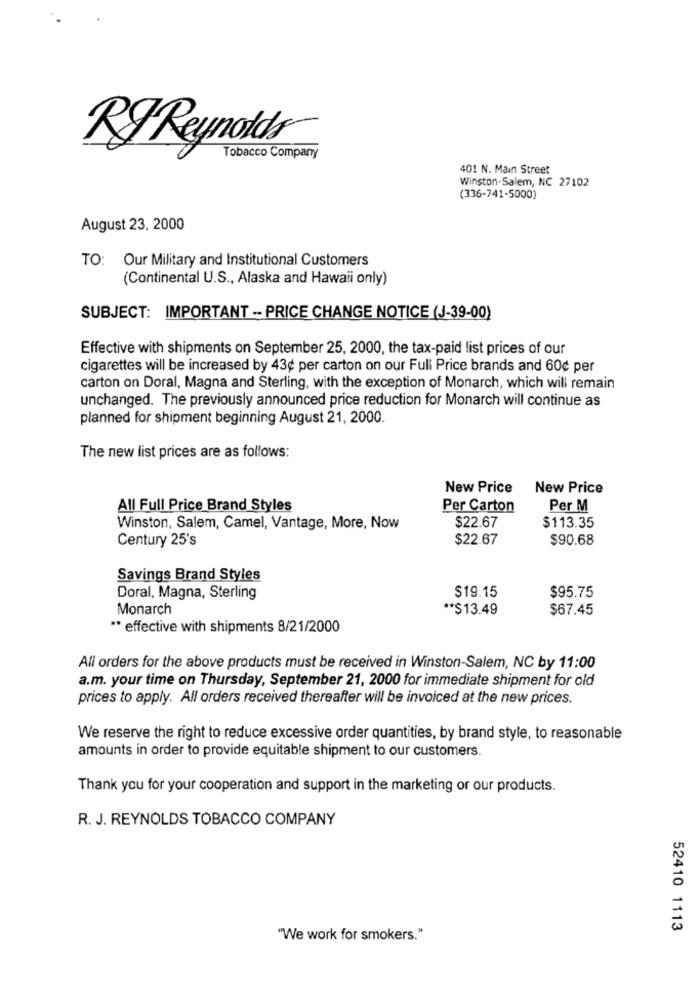
RJ Reynolds
Tobacco Company
401 N. Main Street
Winston-Salem, NC 27102
(336-741-5000)
August 23, 2000
TO: Our Military and Institutional Customers
(Continental U.S ., Alaska and Hawaii only)
SUBJECT: IMPORTANT -- PRICE CHANGE NOTICE (J-39-00)
Effective with shipments on September 25, 2000, the tax-paid list prices of our
cigarettes will be increased by 43¢ per carton on our Full Price brands and 60¢ per
carton on Doral, Magna and Sterling, with the exception of Monarch, which will remain
unchanged. The previously announced price reduction for Monarch will continue as
planned for shipment beginning August 21, 2000.
The new list prices are as follows:
New Price
New Price
All Full Price Brand Styles
Per Carton
Per M
Winston, Salem, Camel, Vantage, More, Now
$22.67
$113.35
Century 25's
$22.67
$90.68
Savings Brand Styles
$19.15
Doral, Magna, Sterling
$95.75
Monarch
** $13.49
$67.45
** effective with shipments 8/21/2000
All orders for the above products must be received in Winston-Salem, NC by 11:00
a.m. your time on Thursday, September 21, 2000 for immediate shipment for old
prices to apply. All orders received thereafter will be invoiced at the new prices.
We reserve the right to reduce excessive order quantities, by brand style, to reasonable
amounts in order to provide equitable shipment to our customers.
Thank you for your cooperation and support in the marketing or our products.
R. J. REYNOLDS TOBACCO COMPANY
52410 1113
"We work for smokers."